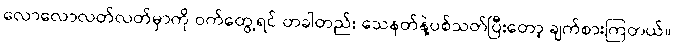
လောလောလတ်လတ်မှာကို ဝက်တွေ့ရင် တခါတည်း သေနတ်နဲ့ပစ်သတ်ပြီးတော့ ချက်စားကြတယ်။